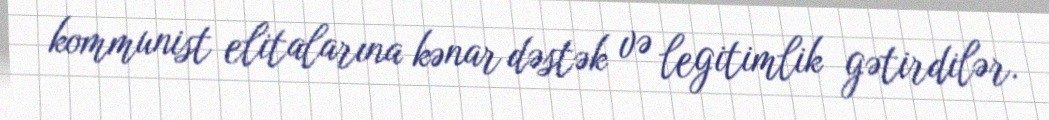
kommunist elitalarına kənar dəstək və legitimlik gətirdilər.